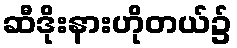
ဆီဒိုးနားဟိုတယ်၌